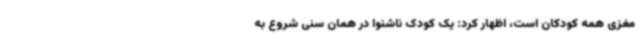
مغزی همه کودکان است، اظهار کرد: یک کودک ناشنوا در همان سنی شروع به